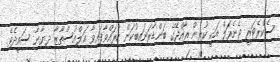
ސެކްރެޓަރީ ޖެނެރަލް އަކީ ކުރިން ރާއްޖޭގެ ބަންޑާރަނައިބުކަން ކުރައްވާފައިވާ އަލްއުސްތާޒާ ދިޔާނާ ސައީދެވެ.